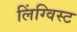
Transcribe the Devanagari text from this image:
लिंग्विस्ट